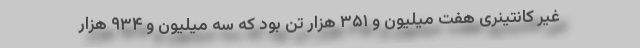
غیر کانتینری هفت میلیون و ۳۵۱ هزار تن بود که سه میلیون و ۹۳۴ هزار